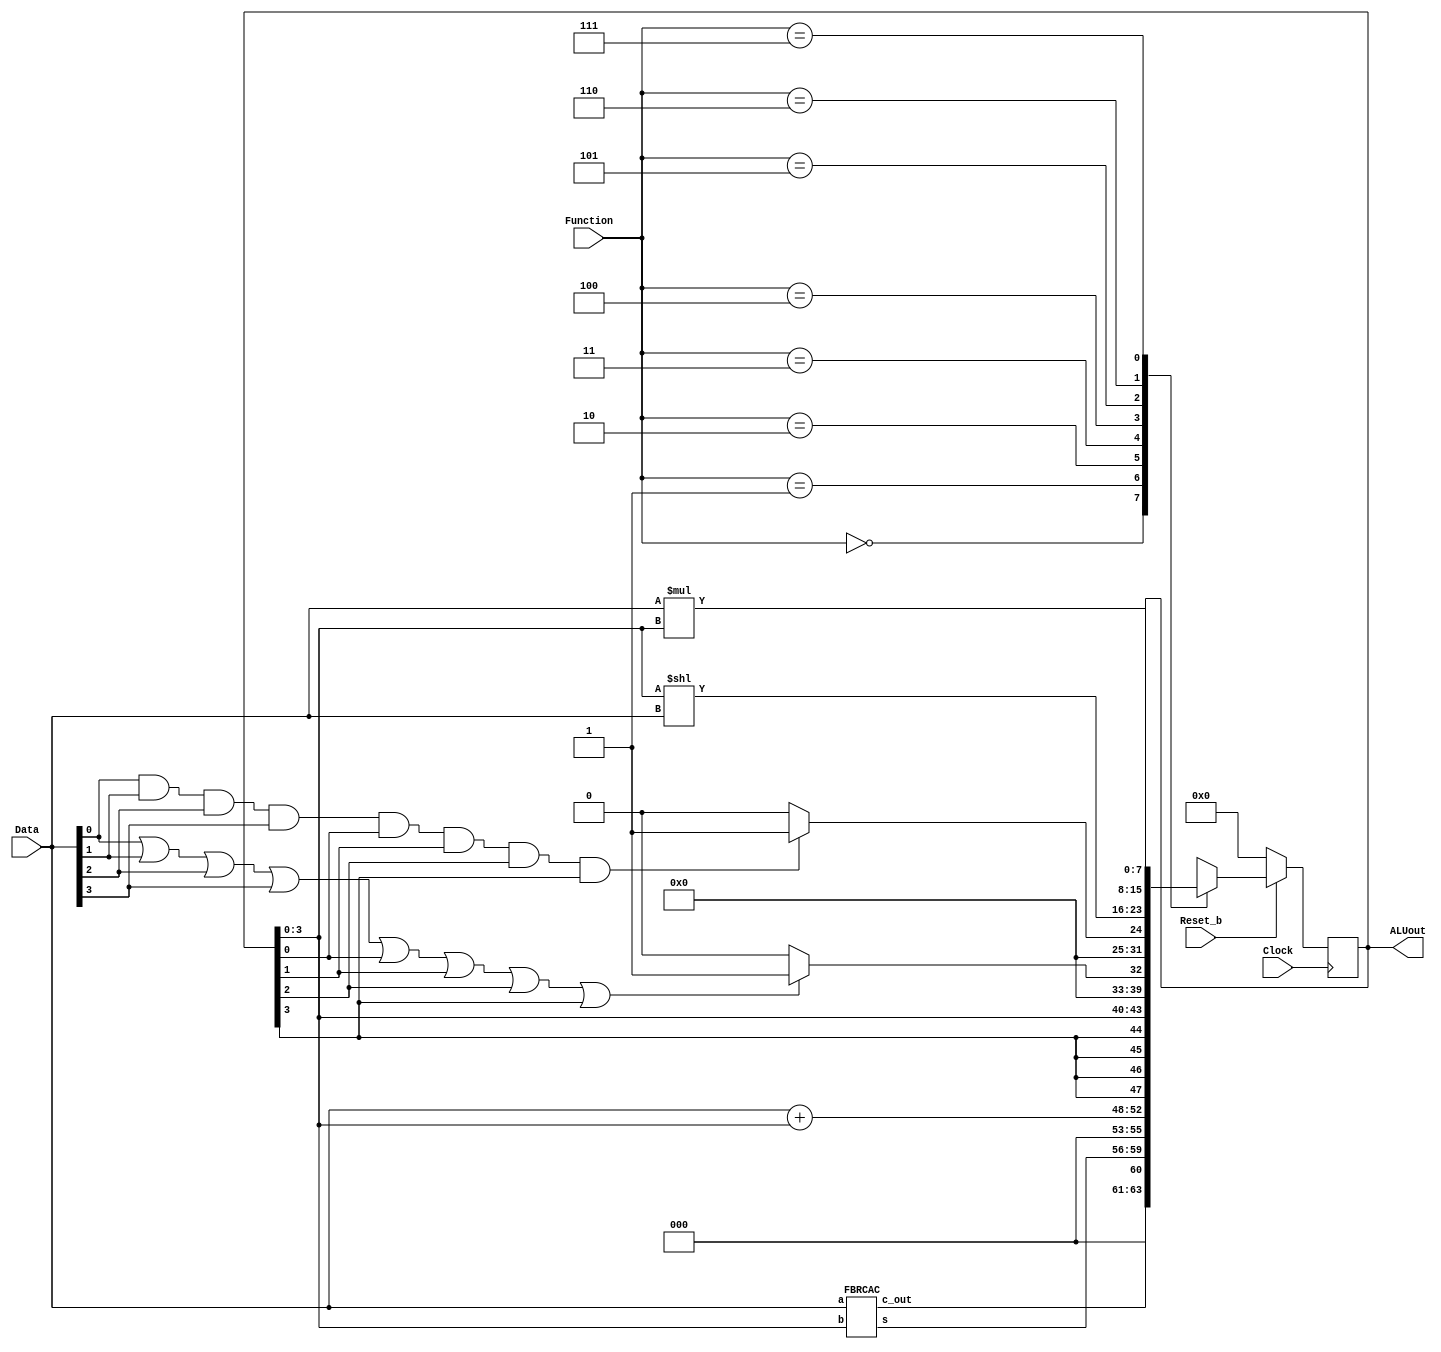
module part2(Clock, Reset_b, Data, Function, ALUout);
	input Clock;
	input Reset_b;
	input [3:0] Data;
	input [2:0] Function;
	output reg [7:0] ALUout;
	reg [7:0] ALUhold;
	wire [4:0] FBRCAC_out;
	FBRCAC adder(
		.a(Data),
		.b(ALUout[3:0]),
		.s(FBRCAC_out[3:0]),
		.c_out(FBRCAC_out[4])
	);

	// ALU Circuit
	// Inputs:
	//		ALUout
	//		Data
	//		Function
	// Outputs:
	//		ALUhold
	always @(*)
	begin
		case(Function)
			3'b000: ALUhold = FBRCAC_out;
			3'b001: ALUhold = Data + ALUout[3:0];
			3'b010: ALUhold = {ALUout[3], ALUout[3], ALUout[3], ALUout[3], ALUout[3:0]};
			3'b011: ALUhold = Data[0]|Data[1]|Data[2]|Data[3]|ALUout[0]|ALUout[1]|ALUout[2]|ALUout[3] ? 8'b00000001 : 8'b00000000;
			3'b100: ALUhold = Data[0]&Data[1]&Data[2]&Data[3]&ALUout[0]&ALUout[1]&ALUout[2]&ALUout[3] ? 8'b00000001 : 8'b00000000;
			3'b101: ALUhold = ALUout[3:0] << Data;
			3'b110: ALUhold = Data * ALUout[3:0];
			3'b111: ALUhold = ALUout;
			default: ALUhold = 8'b00000000;
		endcase
	end
	
	// Register Circuit
	// Inputs:
	//		ALU_out
	//		Reset_b
	// Outputs:
	//		reg_out
	always @(posedge Clock)
	begin
	if (Reset_b == 1'b0)
		ALUout <= 8'b00000000;
	else
		ALUout <= ALUhold;
	end

endmodule

module FBRCAC (a, b, s, c_out);
	input [3:0] a;
	input [3:0] b;
	output [3:0] s;
	output c_out;
	wire c[3:0];
	assign c[0] = 1'b0;

	FA u0(.a(a[0]), .b(b[0]), .c_in(c[0]), .s(s[0]), .c_out(c[1]));
	FA u1(.a(a[1]), .b(b[1]), .c_in(c[1]), .s(s[1]), .c_out(c[2]));
	FA u2(.a(a[2]), .b(b[2]), .c_in(c[2]), .s(s[2]), .c_out(c[3]));
	FA u3(.a(a[3]), .b(b[3]), .c_in(c[3]), .s(s[3]), .c_out(c_out));
endmodule 

module FA (a, b, c_in, s, c_out);
	input a, b, c_in;
	output c_out, s;
	
	assign s	= a^b^c_in;
	assign c_out = (a & b)|(a & c_in)|(b & c_in);
endmodule